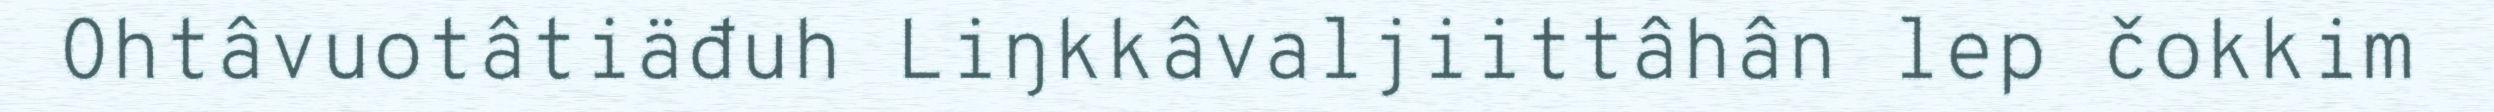
Ohtâvuotâtiäđuh Liŋkkâvaljiittâhân lep čokkim